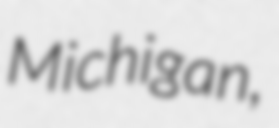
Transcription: Michigan,